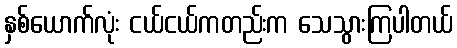
နှစ်ယောက်လုံး ငယ်ငယ်ကတည်းက သေသွားကြပါတယ်